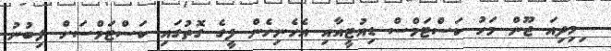
ިމިދިއަ ޖޫން މަހު ކަސްޓަމްސް ޑިއުޓީއާއި އެހެނިހެން ފީގެ ގޮތުގައި ކަސްޓަމްސަށް ލިބުނު